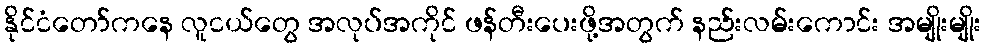
နိုင်ငံတော်ကနေ လူငယ်တွေ အလုပ်အကိုင် ဖန်တီးပေးဖို့အတွက် နည်းလမ်းကောင်း အမျိုးမျိုး